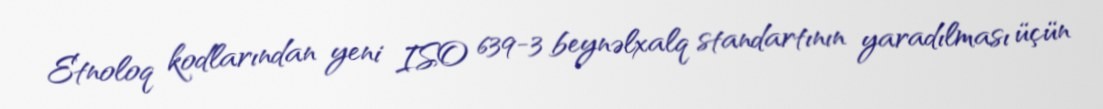
Etnoloq kodlarından yeni ISO 639-3 beynəlxalq standartının yaradılması üçün